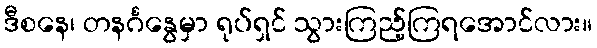
ဒီစနေ၊ တနင်္ဂနွေမှာ ရုပ်ရှင် သွားကြည့်ကြရအောင်လား။